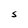
Character: S